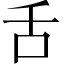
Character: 舌